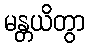
မန္တယိတွာ